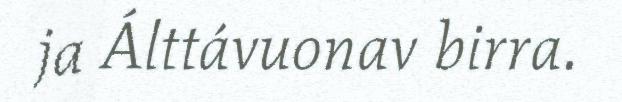
ja Álttávuonav birra.